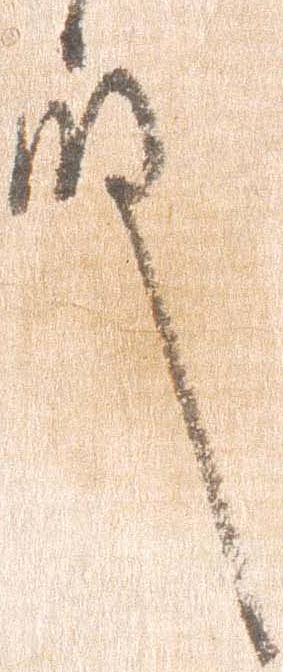
殿